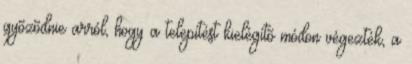
gyõzõdnie arról, hogy a telepítést kielégítõ módon végezték, a